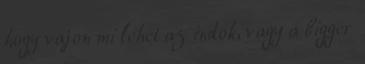
hogy vajon mi lehet az indok, vagy a bigger